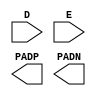
module TRIBUFF_DIFF (
	input D,
	input E,
	(* iopad_external_pin *)
	output PADP,
	(* iopad_external_pin *)
	output PADN
);
endmodule